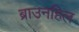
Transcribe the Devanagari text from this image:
ब्राउनहिल